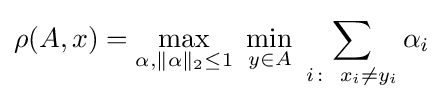
\rho (A,x)=\max _{\alpha ,\|\alpha \|_{2}\leq 1}\ \min _{y\in A}\ \sum _{i\colon ~x_{i}\neq y_{i}}\alpha _{i}